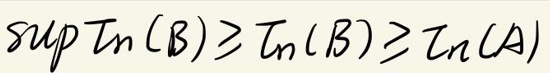
\(\sup T_n(B) \geq T_n(B) \geq T_n(A)\)